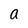
Character: a